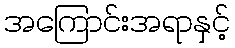
အကြောင်းအရာနှင့်